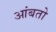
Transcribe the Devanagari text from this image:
आंबतो